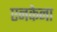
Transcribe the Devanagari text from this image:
एनकेना